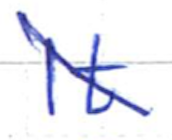
Text: It
Cross-out: mix
Writing tool: ballpoint